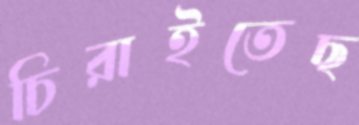
চিরাইতেছ